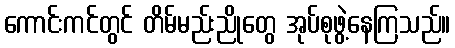
ကောင်းကင်တွင် တိမ်မည်းညိုတွေ အုပ်စုဖွဲ့နေကြသည်။